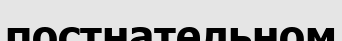
постнательном